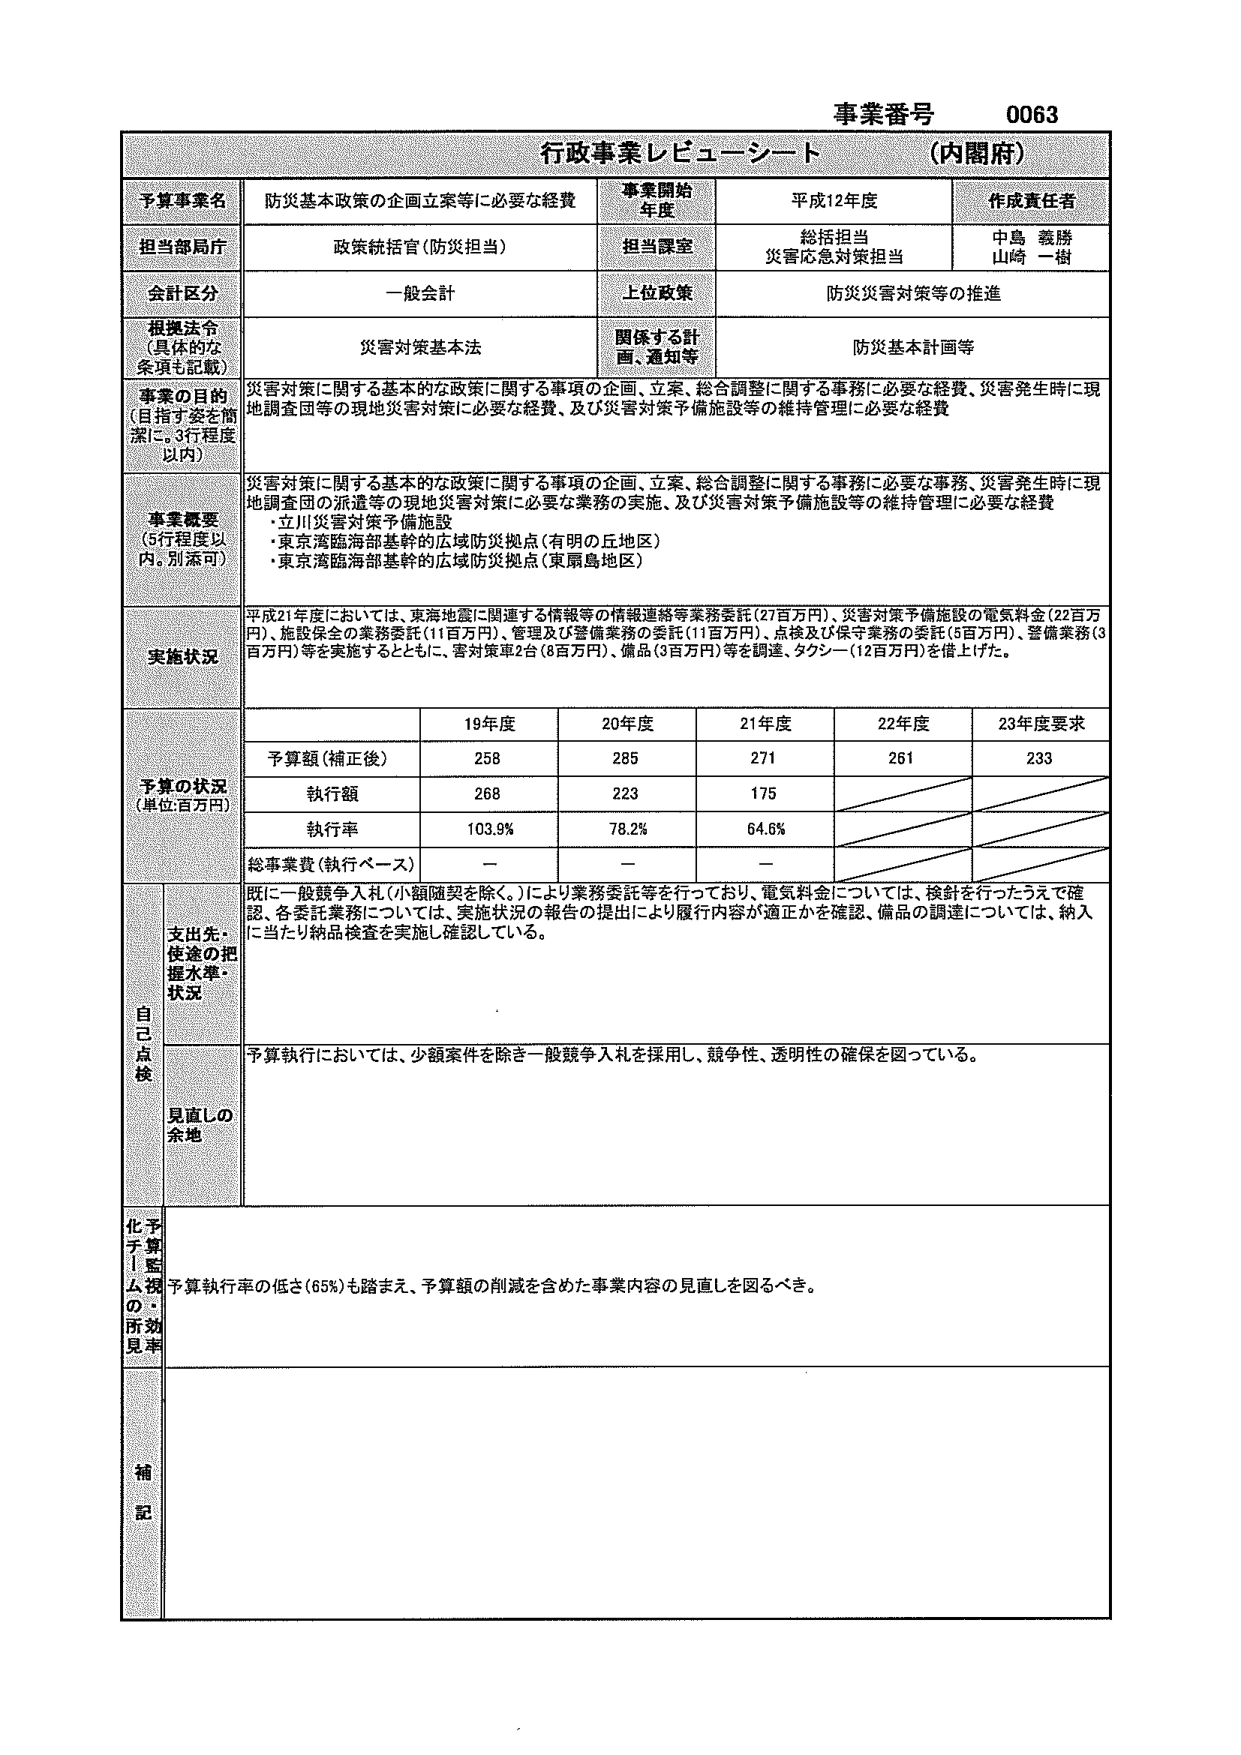
事業番号 0063
行政事業レビューーシート (内閣府)

予算事業名 防災基本政策の企画立案等に必要な経費
事業開始年度 平成12年度
作成責任者 中島 義勝
山崎 一樹

担当部局庁 政策統括官(防災担当)
担当課室 総括担当
災害応急対策担当

会計区分 一般会計
上位政策 防災災害対策等の推進

根拠法令 (具体的な条項も記載) 災害対策基本法
関係する計画、通知等 防災基本計画等

事業の目的 (目指す姿を簡潔に。3行程度以内)
災害対策に関する基本的な政策に関する事項の企画、立案、総合調整に関する事務に必要な経費、災害発生時に現地調査団等の現地災害対策に必要な経費、及び災害対策予備施設等の維持管理に必要な経費

事業概要 (5行程度以内。別添可)
災害対策に関する基本的な政策に関する事項の企画、立案、総合調整に関する事務に必要な事務、災害発生時に現地調査団の派遣等の現地災害対策に必要な業務の実施、及び災害対策予備施設等の維持管理に必要な経費
・立川災害対策予備施設
・東京湾臨海部基幹の広域防災拠点(有明の丘地区)
・東京湾臨海部基幹の広域防災拠点(東扇島地区)

実施状況
平成21年度においては、東海地震に関連する情報等の情報連絡等業務委託(27百万円)、災害対策予備施設の電気料金(22百万円)、施設保全の業務委託(11百万円)、管理及び警備業務の委託(11百万円)、点検及び保守業務の委託(6百万円)、警備業務(3百万円)等を実施するとともに、害対策車2台(8百万円)、備品(3百万円)等を調達、タクシー(12百万円)を借上げた。

予算の状況 (単位:百万円)
19年度 20年度 21年度 22年度 23年度要求
予算額(補正後) 258 285 271 261 233
執行額 268 223 175
執行率 103.9% 78.2% 64.6%
総事業費(執行ベース) — — —

自己点検
支出先・使途の把握水準・状況
既に一般競争入札(小額随契を除く。)により業務委託等を行っており、電気料金については、検針を行ったうえで確認、各委託業務については、実施状況の報告の提出により履行内容が適正かを確認、備品の調達については、納入に当たり納品検査を実施し確認している。

見直しの余地
予算執行においては、少額案件を除き一般競争入札を採用し、競争性、透明性の確保を図っている。

予算執行率の低さ(65%)も踏まえ、予算額の削減を含めた事業内容の見直しを図るべき。

補記

化予
子算
監
ム視
の・
所効
見率